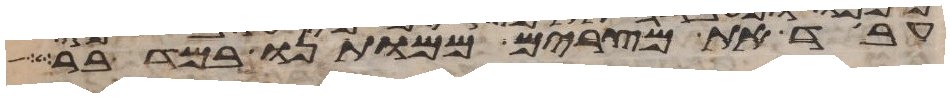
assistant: עבד את מצרים ממותנו במדבר